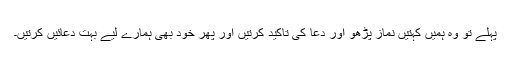
پہلے تو وہ ہمیں کہتیں نماز پڑھو اور دعا کی تاکید کرتیں اور پھر خود بھی ہمارے لیے بہت دعائیں کرتیں۔